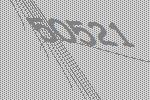
50521